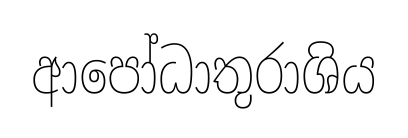
ආපෝධාතුරාශිය